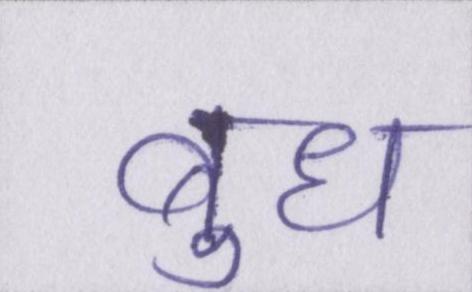
बुध